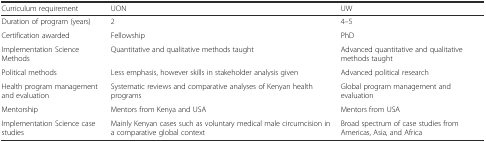
<table><thead><tr><td><b>Curriculum requirement</b></td><td><b>UON</b></td><td><b>UW</b></td></tr></thead><tbody><tr><td>Duration of program (years)</td><td>2</td><td>4–5</td></tr><tr><td>Certification awarded</td><td>Fellowship</td><td>PhD</td></tr><tr><td>Implementation Science Methods</td><td>Quantitative and qualitative methods taught</td><td>Advanced quantitative and qualitative methods taught</td></tr><tr><td>Political methods</td><td>Less emphasis, however skills in stakeholder analysis given</td><td>Advanced political research</td></tr><tr><td>Health program management and evaluation</td><td>Systematic reviews and comparative analyses of Kenyan health programs</td><td>Global program management and evaluation</td></tr><tr><td>Mentorship</td><td>Mentors from Kenya and USA</td><td>Mentors from USA</td></tr><tr><td>Implementation Science case studies</td><td>Mainly Kenyan cases such as voluntary medical male circumcision in a comparative global context</td><td>Broad spectrum of case studies from Americas, Asia, and Africa</td></tr></tbody></table>